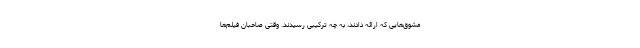
مشوق‌هایی که ارائه دادند، به چه ترکیبی رسیدند. وقتی صاحبان فیلم‌ها